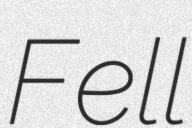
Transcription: Fell